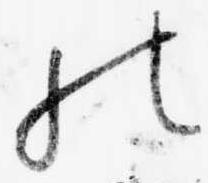
の